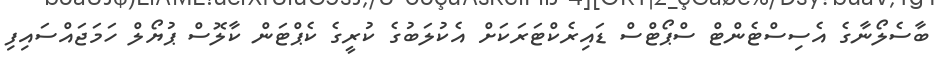
ބާސެލޯނާގެ އެސިސްޓެންޓް ސްޕޯޓްސް ޑައިރެކްޓަރަކަށްް އެކުލަބުގެ ކުރީގެ ކެޕްޓަން ކާލޮސް ޕުޔޯލް ހަމަޖައްސައިފި